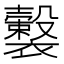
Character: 𧞺